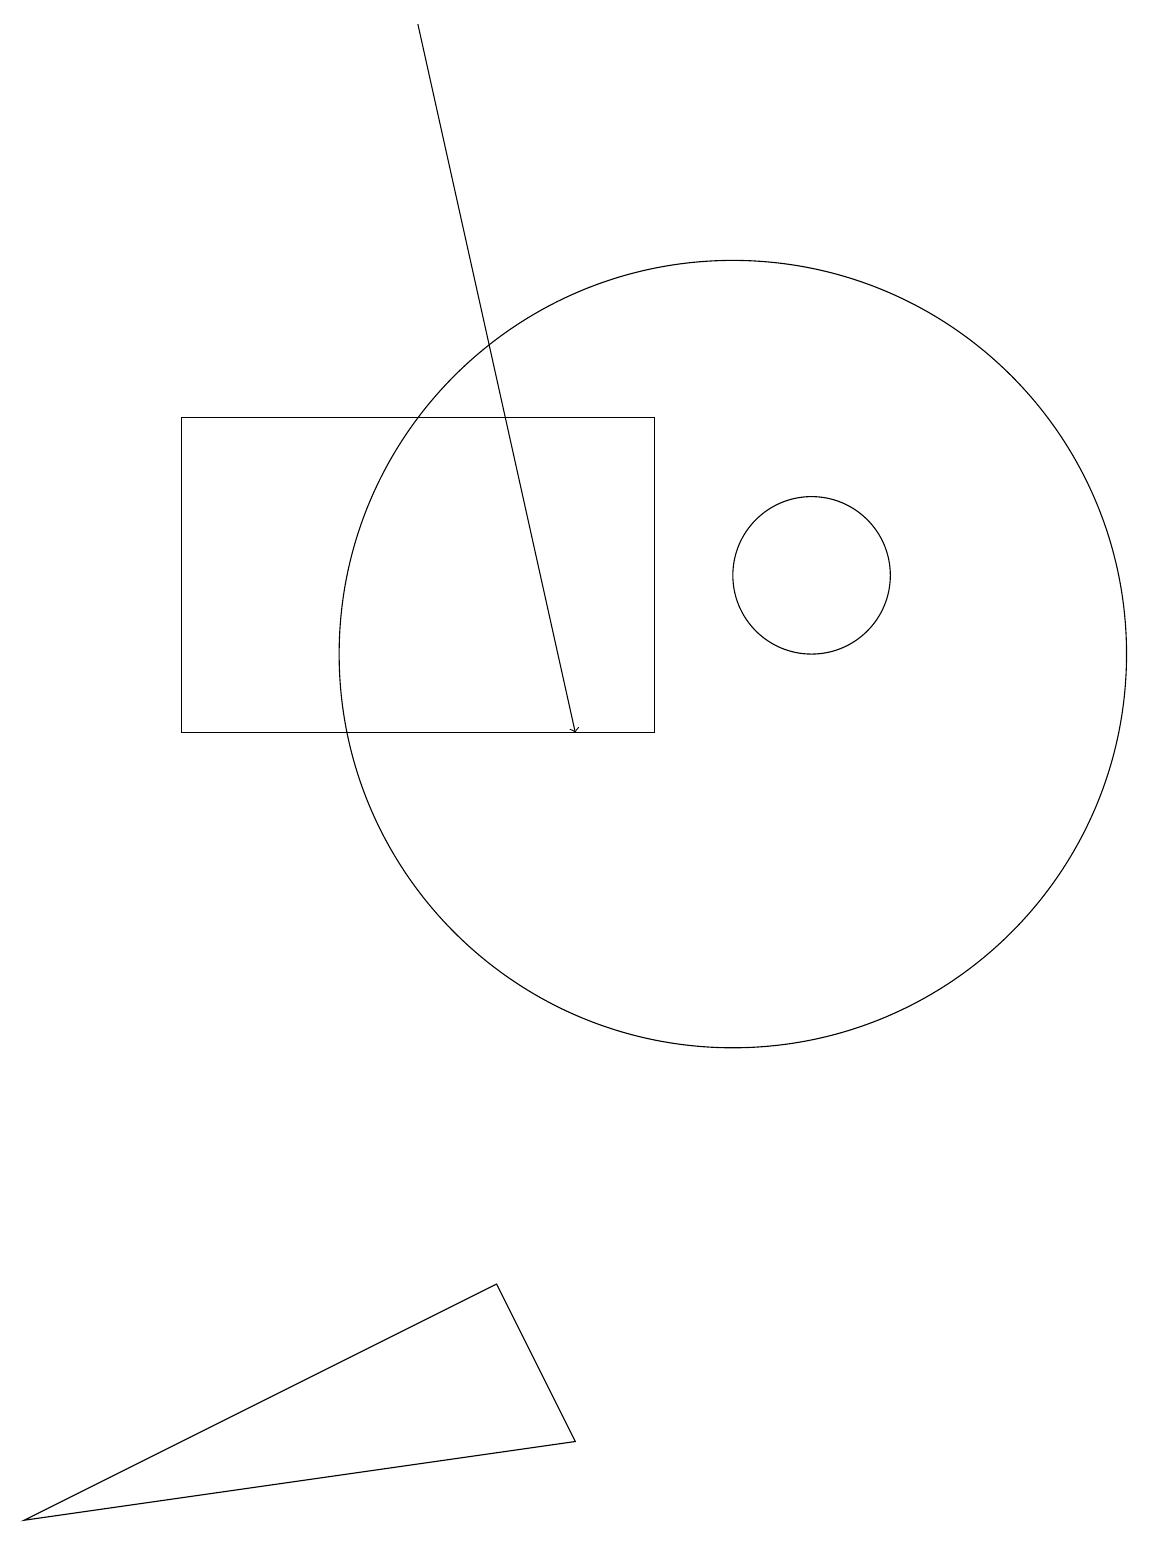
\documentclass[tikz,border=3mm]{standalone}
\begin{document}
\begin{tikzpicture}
\draw (10,11) circle (5);
\draw (9,10) rectangle (3,14);
\draw (10,11) circle (0);
\draw[->] (6,19) -- (8,10);
\draw (7,3) -- (1,0) -- (8,1) -- cycle;
\draw (11,12) circle (1);
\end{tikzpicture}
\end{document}